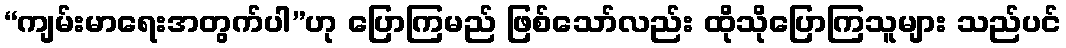
“ကျမ်းမာရေးအတွက်ပါ”ဟု ပြောကြမည် ဖြစ်သော်လည်း ထိုသိုပြောကြသူများ သည်ပင်